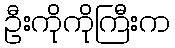
ဦးကိုကိုကြီးက